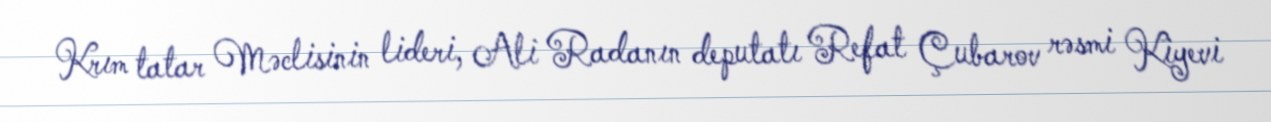
Krım tatar Məclisinin lideri, Ali Radanın deputatı Refat Çubarov rəsmi Kiyevi